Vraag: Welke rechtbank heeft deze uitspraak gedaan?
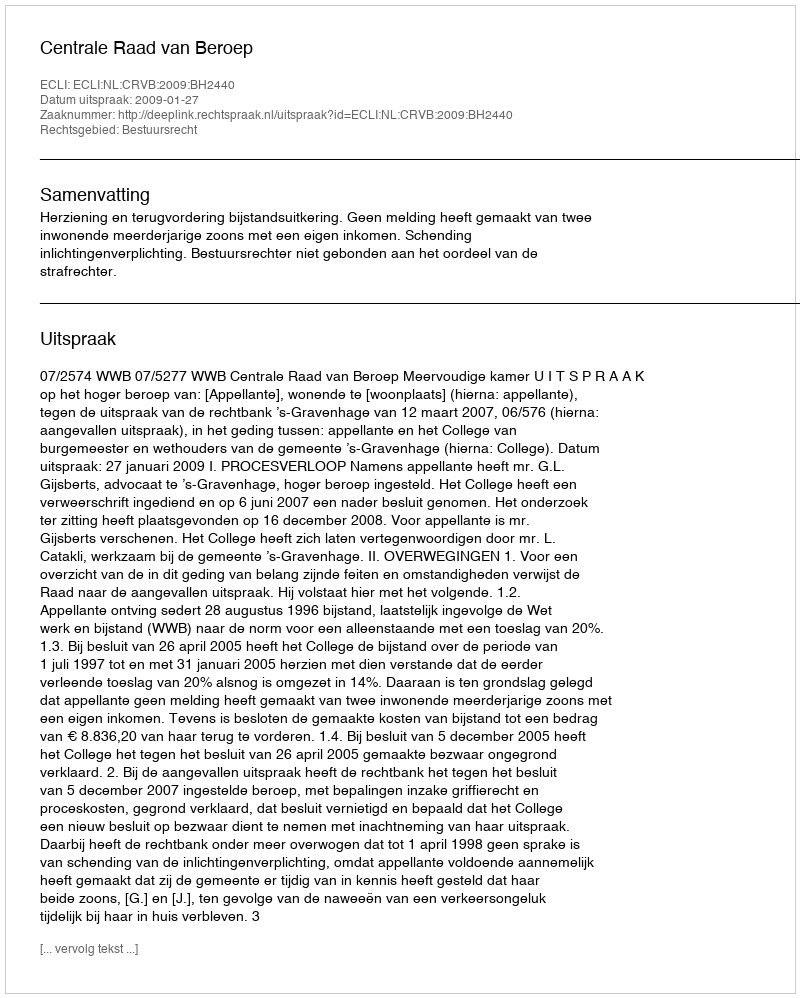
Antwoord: Centrale Raad van Beroep